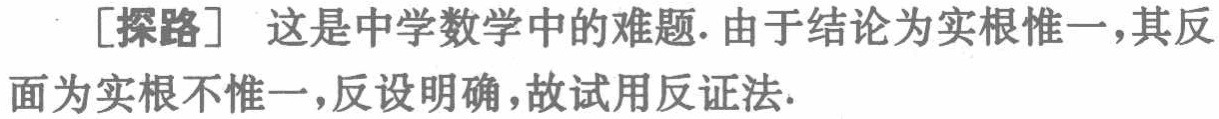
[探路] 这是中学数学中的难题. 由于结论为实根惟一，其反面为实根不惟一，反设明确，故试用反证法.